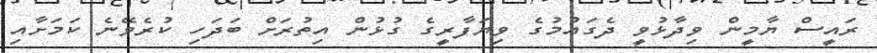
ރައީސް ޔާމީން ވިދާޅުވީ ދެގައުމުގެ ވިޔަފާރީގެ ގުޅުން އިތުރަށް ބަދަހި ކުރެވޭނެ ކަމަށާއި